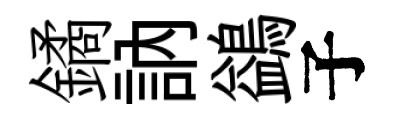
鐍訥鷁子